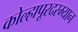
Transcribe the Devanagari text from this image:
कोल्हापूरदरम्यान